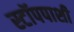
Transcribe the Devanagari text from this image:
स्टॉपपाशी